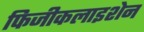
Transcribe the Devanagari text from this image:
फिजीकलाइशेन